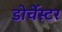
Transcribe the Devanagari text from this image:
डोर्चेस्टर